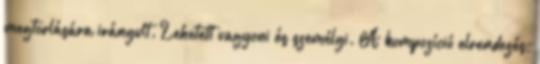
megtorlására irányult. Lehetett vagyoni és személyi. A kompozíció elrendezés,